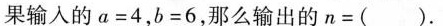
果输入的$$a = 4$$，$$b = 6$$，那么输出的$$n = ( )$$.